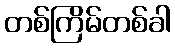
တစ်ကြိမ်တစ်ခါ